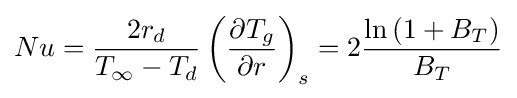
Nu={\frac {2r_{d}}{T_{\infty }-T_{d}}}\left({\frac {\partial {T_{g}}}{\partial {r}}}\right)_{s}=2{\frac {\ln \left(1+B_{T}\right)}{B_{T}}}